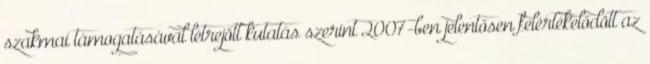
szakmai támogatásával létrejött kutatás szerint 2007-ben jelentősen felértékelődött az